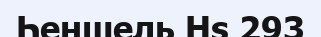
Һеншель Hs 293